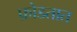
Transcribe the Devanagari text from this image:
फ़ोडतात